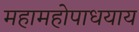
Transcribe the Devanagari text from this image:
महामहोपाधयाय